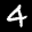
Digit: 4